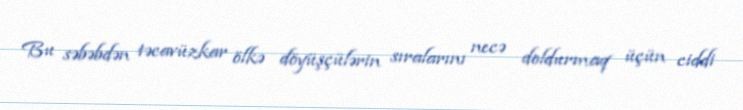
Bu səbəbdən təcavüzkar ölkə döyüşçülərin sıralarını necə doldurmaq üçün ciddi